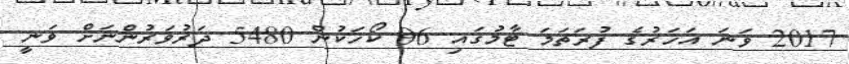
2017 ވަނަ އަހަރުގެ ފުރަތަމަ ޓާމުގައި 96 ކޯހަކުން 5480 ދަރުވަރުންނަށް ވަނީ